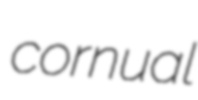
cornual